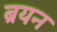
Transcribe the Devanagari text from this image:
ब्रयन